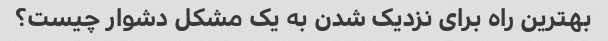
بهترین راه برای نزدیک شدن به یک مشکل دشوار چیست؟